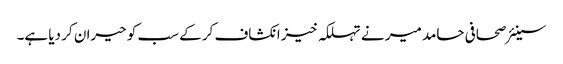
سینئر صحافی حامد میر نے تہلکہ خیز انکشاف کر کے سب کو حیران کر دیا ہے۔